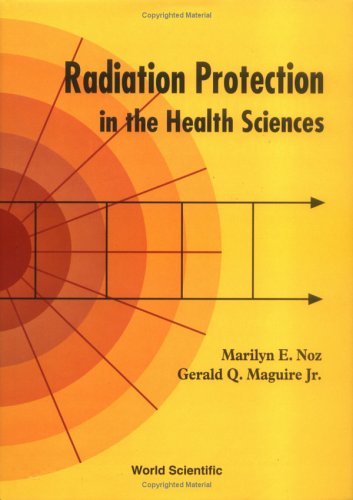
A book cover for Radiation Protection in the Health Sciences; Marilyn E. Noz; Science & Math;